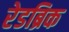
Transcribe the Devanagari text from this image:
रेडब्रिक